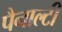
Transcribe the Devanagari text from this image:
पैनाल्टी